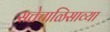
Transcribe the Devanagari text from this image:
सत्तेचाळिसाव्या